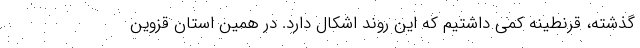
گذشته، قرنطینه کمی داشتیم که این روند اشکال دارد. در همین استان قزوین